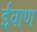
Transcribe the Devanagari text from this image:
ईवाण